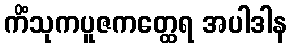
ကိံသုကပူဇကတ္ထေရ အပါဒါန